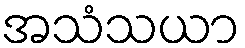
အသံသယာ